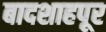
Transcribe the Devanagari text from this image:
बादशाहपूर